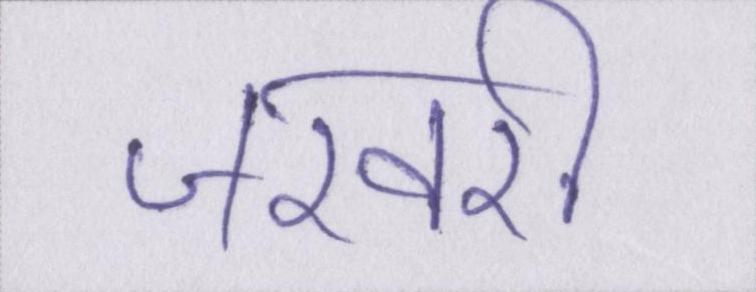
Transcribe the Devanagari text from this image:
जरवरी